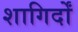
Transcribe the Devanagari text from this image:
शागिर्दों